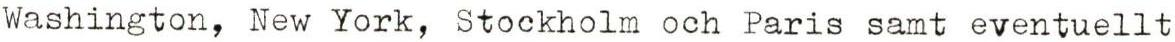
Washington, New York, Stockholm och Paris samt eventuellt